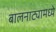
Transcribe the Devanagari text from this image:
बालनाट्यामध्ये